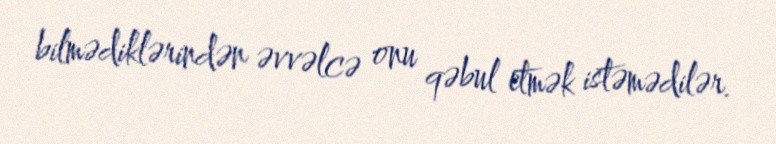
bilmədiklərindən əvvəlcə onu qəbul etmək istəmədilər.